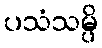
ပသံသမ္ပိ